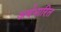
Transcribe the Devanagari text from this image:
अर्थभारित